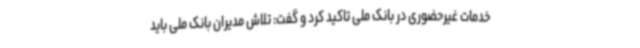
خدمات غیرحضوری در بانک ملی تاکید کرد و گفت: تلاش مدیران بانک ملی باید